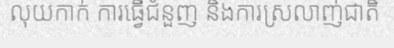
លុយកាក់ ការធ្វើជំនួញ និងការស្រលាញ់ជាតិ